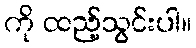
ကို ထည့်သွင်းပါ။